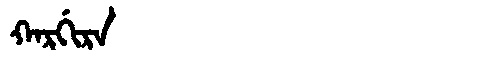
Manchu: ᡴᠠᡵᡤᡳᡵᠠ
Romanization: KARGIRA